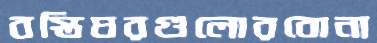
বস্তিঘরগুলোরবোনা